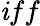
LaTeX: \mathit{i}ff